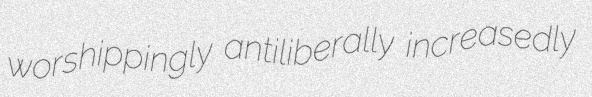
worshippingly antiliberally increasedly